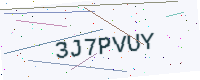
Text: 3J7PVUY